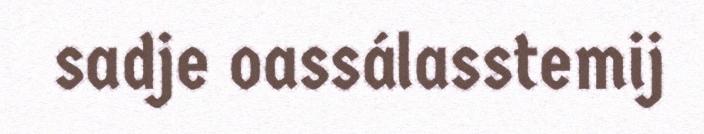
sadje oassálasstemij